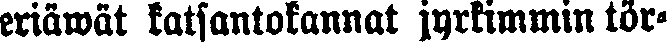
eriäwät katsantokannat jyrkimmin tör-